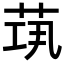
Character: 𦯋